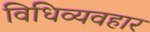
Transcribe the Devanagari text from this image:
विधिव्यवहार